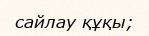
сайлау құқы;